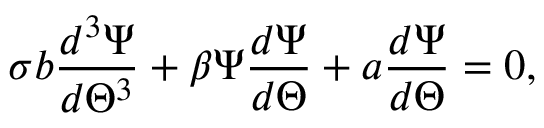
\sigma b \frac { d ^ { 3 } \Psi } { d \Theta ^ { 3 } } + \beta \Psi \frac { d \Psi } { d \Theta } + a \frac { d \Psi } { d \Theta } = 0 ,